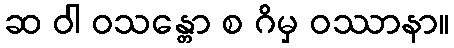
ဆ ဝါ ဝသန္တော စ ဂိမှ ဝဿာနာ။